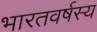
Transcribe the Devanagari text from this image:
भारतवर्षस्य